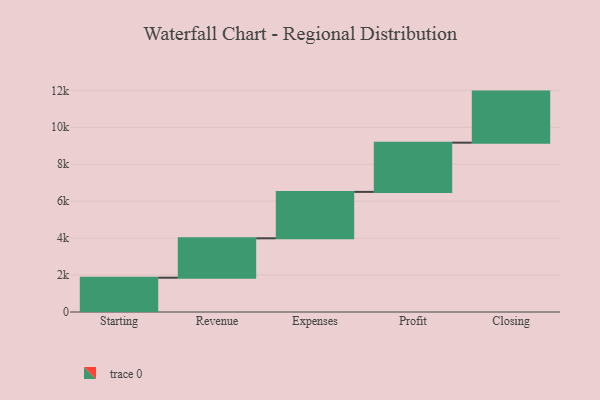
{"axis": {"x": "Step", "y": "Value"}, "legend": [""], "data": [{"x": "Starting", "y": 1857.0, "type": ""}, {"x": "Revenue", "y": 2132.0, "type": ""}, {"x": "Expenses", "y": 2513.0, "type": ""}, {"x": "Profit", "y": 2665.0, "type": ""}, {"x": "Closing", "y": 2764.0, "type": ""}]}